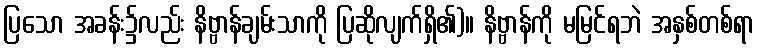
ပြသော အခန်း၌လည်း နိဗ္ဗာန်ချမ်းသာကို ပြဆိုလျက်ရှိ၏)။ နိဗ္ဗာန်ကို မမြင်ရဘဲ အနှစ်တစ်ရာ